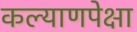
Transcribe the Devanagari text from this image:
कल्याणपेक्षा